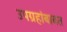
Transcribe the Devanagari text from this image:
उपग्रहांबाबत